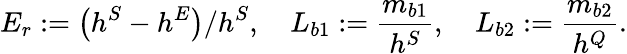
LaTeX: E_{r}:={\left(h^{S}-h^{E}\right)}/{h^{S}},\quad L_{b1}:=\frac{m_{b1}}{h^{S}},\quad L_{b2}:=\frac{m_{b2}}{h^{Q}}.